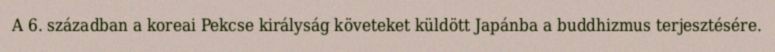
A 6. században a koreai Pekcse királyság követeket küldött Japánba a buddhizmus terjesztésére.